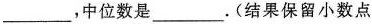
___，中位数是___。(结果保留小数点